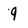
Character: 9